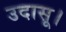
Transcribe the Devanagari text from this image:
उदासू।